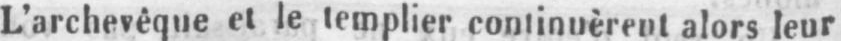
L’archevêque et le templier continuèrent alors leur